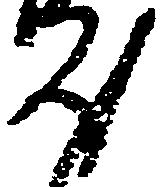
汰